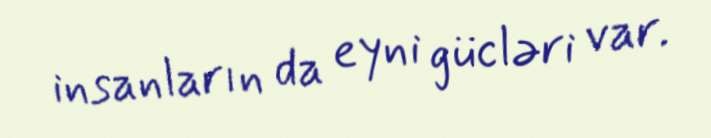
insanların da eyni gücləri var.